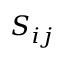
S _ { i j }